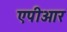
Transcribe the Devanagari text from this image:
एपीआर